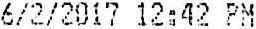
6/2/2017 12:42 PM